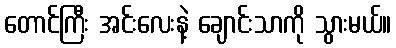
တောင်ကြီး အင်းလေးနဲ့ ချောင်းသာကို သွားမယ်။